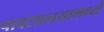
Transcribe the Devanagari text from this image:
पावसाळयामध्ये